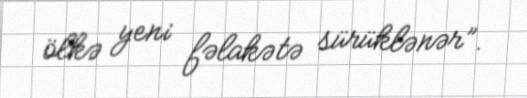
ölkə yeni fəlakətə sürüklənər”.